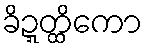
ခိဍ္ဍတ္ထိကော